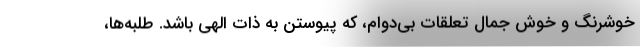
خوشرنگ و خوش جمال تعلقات بي‌دوام، كه پيوستن به ذات الهي باشد. طلبه‌ها،